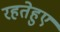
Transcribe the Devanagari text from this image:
रहतेहुए